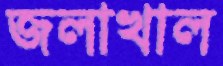
জলাখাল